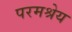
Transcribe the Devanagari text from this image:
परमश्रेय